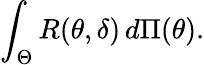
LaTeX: \int_{\Theta}R(\theta,\delta)\, d\Pi(\theta).